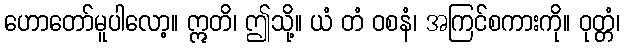
ဟောတော်မူပါလော့။ ဣတိ၊ ဤသို့။ ယံ တံ ဝစနံ၊ အကြင်စကားကို။ ဝုတ္တံ၊